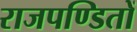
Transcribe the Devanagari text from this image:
राजपण्डितों